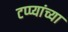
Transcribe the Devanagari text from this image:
टप्प्यांच्या